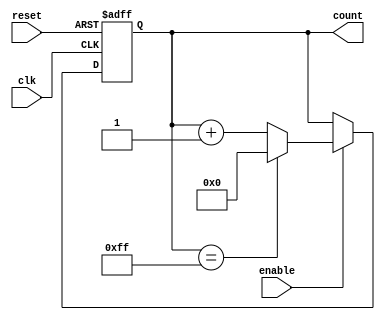
module Parameterized_Counter #(
    parameter WIDTH = 8,                // Parameter for the bit-width of the counter
    parameter STEP_SIZE = 1              // Parameter for the counting step size
)(
    input wire clk,                     // Clock signal
    input wire reset,                   // Asynchronous reset signal
    input wire enable,                  // Enable signal for counting
    output reg [WIDTH-1:0] count        // Output count value
);

    // Internal max_count for wrapping
    localparam MAX_COUNT = (1 << WIDTH) - 1;

    // Always block to describe the counter behavior
    always @(posedge clk or posedge reset) begin
        if (reset) begin
            count <= 0;                  // Reset count to 0 on reset
        end else if (enable) begin
            if (count == MAX_COUNT) begin
                count <= 0;              // Wrap around if maximum count is reached
            end else begin
                count <= count + STEP_SIZE; // Increment count by STEP_SIZE
            end
        end
        // If enable is low, count retains its current value
    end

endmodule